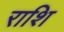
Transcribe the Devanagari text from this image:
राशि